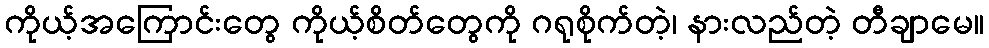
ကိုယ့်အကြောင်းတွေ ကိုယ့်စိတ်တွေကို ဂရုစိုက်တဲ့၊ နားလည်တဲ့ တီချာမေ။